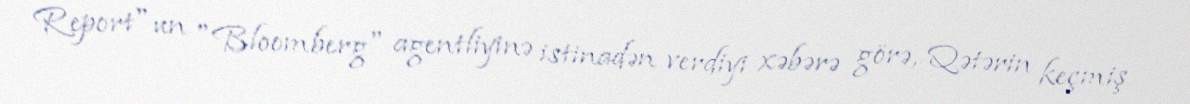
Report"un "Bloomberg" agentliyinə istinadən verdiyi xəbərə görə, Qətərin keçmiş